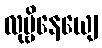
လုမ္ဗိနေယျေ